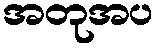
အတုအပ